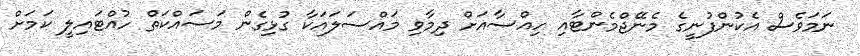
ނަމަވެސް އެކުންފުނީގެ މެނޭޖްމެންޓާއި ހިއްސާއަށް ދިމާވި މައްސަލައަކާ ގުޅިގެން މަސައްކަތް ހުއްޓައިލީ ކަމަށް